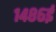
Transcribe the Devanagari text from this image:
१४८६ई